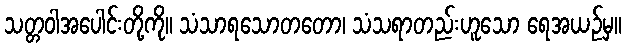
သတ္တဝါအပေါင်းတို့ကို။ သံသာရသောတတော၊ သံသရာတည်းဟူသော ရေအယဉ်မှ။